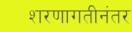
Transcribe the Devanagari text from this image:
शरणागतीनंतर